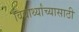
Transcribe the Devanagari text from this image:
विद्यार्थ्यांच्यासाठी